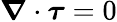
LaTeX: \boldsymbol{\nabla}\cdot\boldsymbol{\tau}=0